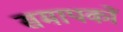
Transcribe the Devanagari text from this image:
समापकों